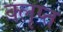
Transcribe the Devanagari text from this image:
क्लृप्त